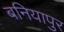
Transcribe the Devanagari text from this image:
बनियापुर